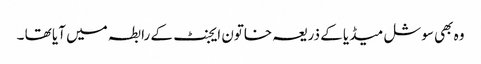
وہ بھی سوشل میڈیا کے ذریعہ خاتون ایجنٹ کے رابطہ میں آیا تھا ۔